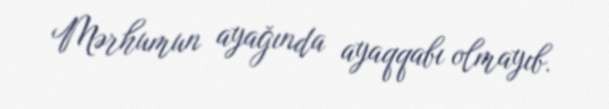
Mərhumun ayağında ayaqqabı olmayıb.